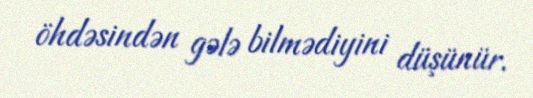
öhdəsindən gələ bilmədiyini düşünür.